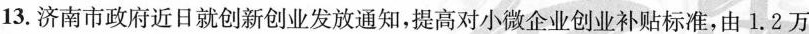
13.济南市政府近日就创新创业发放通知，提高对小微企业创业补贴标准，由1.2万